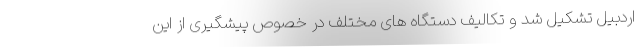
اردبیل تشکیل شد و تکالیف دستگاه های مختلف در خصوص پیشگیری از این